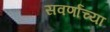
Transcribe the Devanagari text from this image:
सवर्णांच्या